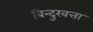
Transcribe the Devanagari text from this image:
बिन्दुखत्ता